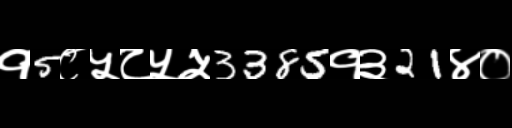
Text: १5८५८५५3385१३21४०